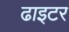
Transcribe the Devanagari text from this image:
ढाइटर